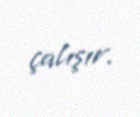
çalışır.